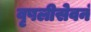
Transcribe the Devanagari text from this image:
वृषलीसेवनं